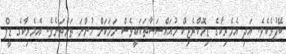
ބޭފުޅެކެވެ. އަދި އެމެރިކާގެ ޑިމޮކްރެޓިކް މުއައްސަސާތަކަކީވެސް ނަމަކަށް ހުންނަ ތަންތަނެވެ. އެމެރިކާގެ ޑީޕް